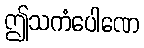
ဤသကံပေါဏေ